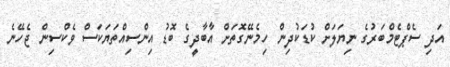
އަދި ސެޕްޓެމްބަރުގެ ނިޔަލަށް ކުޑަކުދިން ހިމެނޭގޮތަށް އާބާދީގެ ބޮޑު އިންސިއްތަޔަކަސް ވެކްސިން ޖެހޭނެ